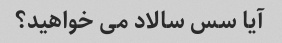
آیا سس سالاد می خواهید؟